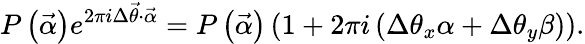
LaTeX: P\left(\vec{\alpha}\right)e^{2\pi i\Delta{\vec{\theta}}\cdot\vec{\alpha}}=P\left(\vec{\alpha}\right)\left(1+2\pi i\left(\Delta{\theta_{x}}\alpha+\Delta{\theta_{y}}\beta\right)\right).